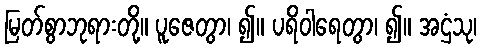
မြတ်စွာဘုရားတို့။ ပူဇေတွာ၊ ၍။ ပရိဝါရေတွာ၊ ၍။ အဌံသု၊